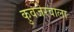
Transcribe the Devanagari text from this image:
कुवजेरवाला